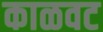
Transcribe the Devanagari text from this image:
काळवट